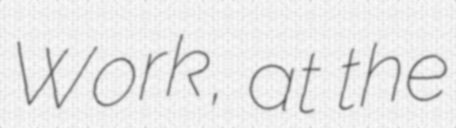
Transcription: Work, at the